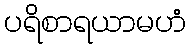
ပရိစာရယာမဟံ